Eesti_Rahvusfond, lk 155
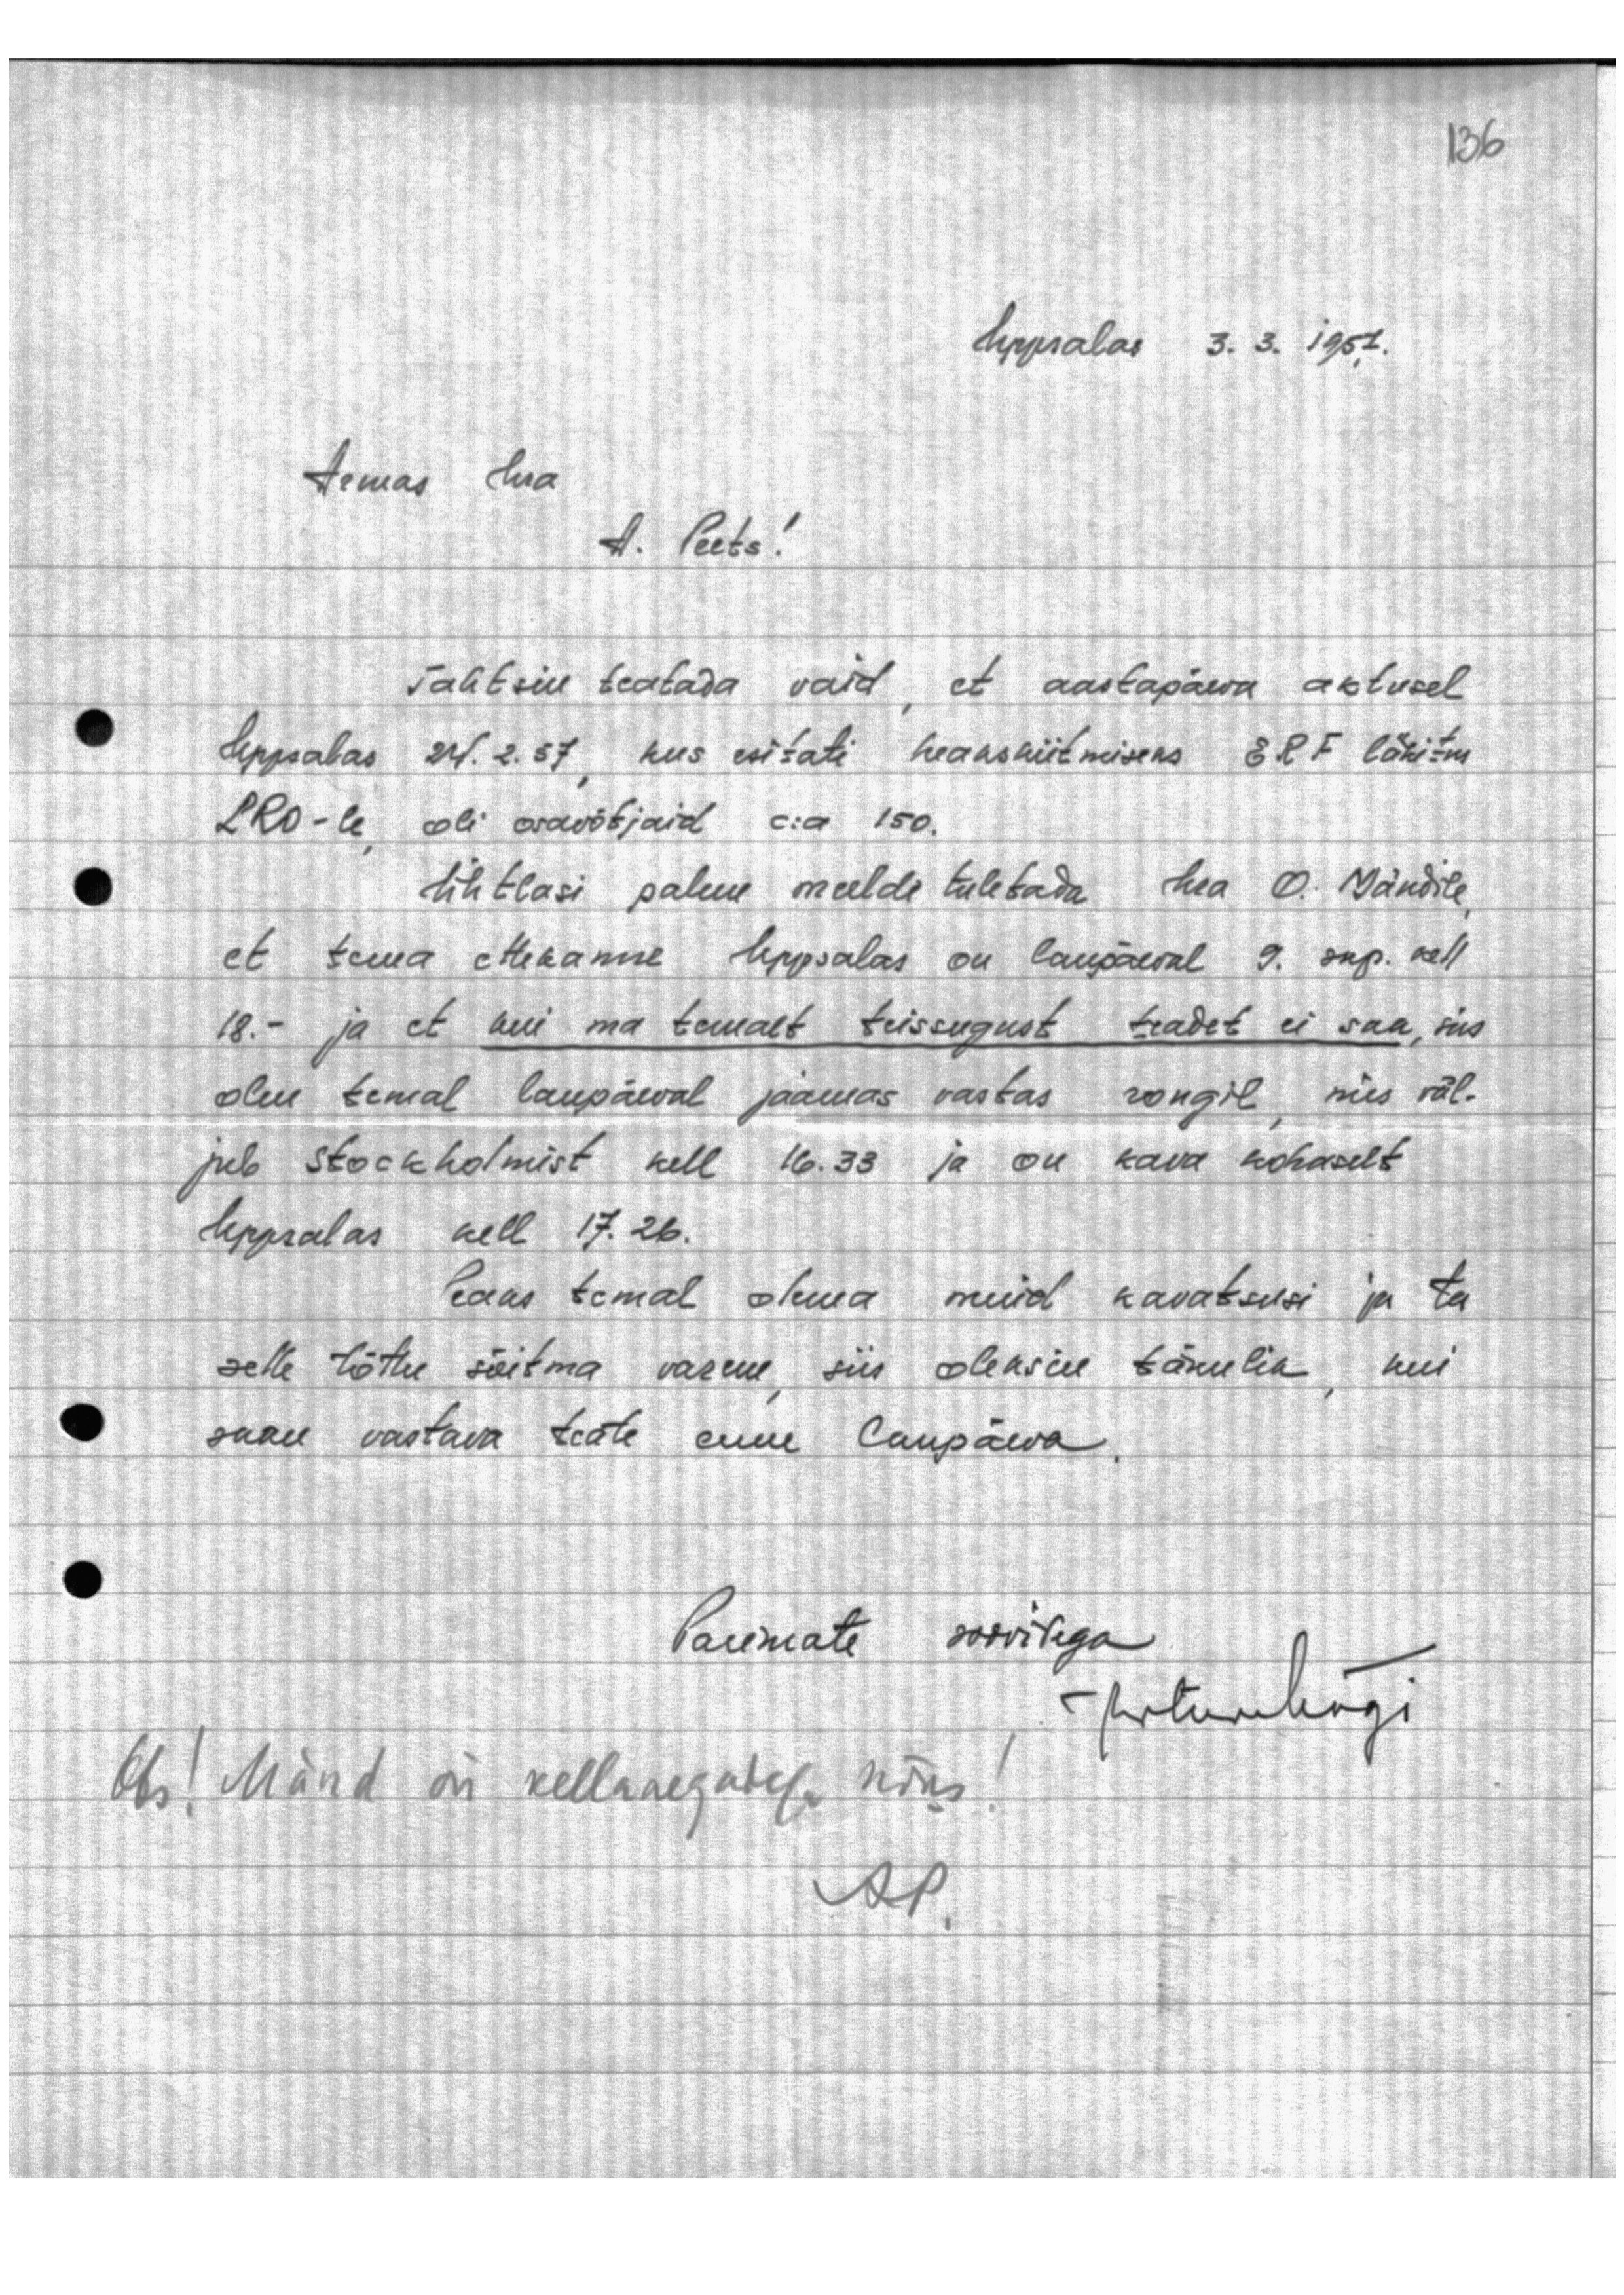
Uppalas 3. 3. 1957.
Armas hra
A. Peets!

Tahtsin teatada vaid, et aastapäeva aktusel
Upsalas 24.2.57 kus esitati heakskiitmiseks E.R.F. läkitus
LRO-le oli osavõstjaid c:a 150.
Ühtlasi palun meelde tuletada hea O. Mändile,
et tema ettekanne Uppsalas on laupäeval 9. sep. kell
18.- ja et kui ma temalt teissugust teadet ei saa, siis
olen temal laupäeval jaamas vastas rongil, mis väl-
jub Stockholmist kell 16.33 ja on kava kohaselt
Uppsalas kell 17.26.
Peaks temal olema muid kavatsusi ja ta
selle tõttu sõitma varem, siis oleksin tänulik, kui
saan vastava teate enne laupäeva.
Parimate soovidega
ArturMägi
Ots! Mänd on kellaaegadega nõus!
AP.